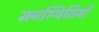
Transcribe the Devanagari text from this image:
मनस्थितियों